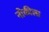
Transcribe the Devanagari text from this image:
नोकीला